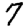
Digit: 7